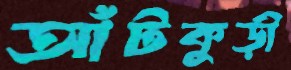
আঁটকুড়ী